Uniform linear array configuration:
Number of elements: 32
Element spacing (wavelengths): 0.75
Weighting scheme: hamming
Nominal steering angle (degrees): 60
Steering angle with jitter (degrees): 58.119
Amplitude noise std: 0.05
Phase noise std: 0.05

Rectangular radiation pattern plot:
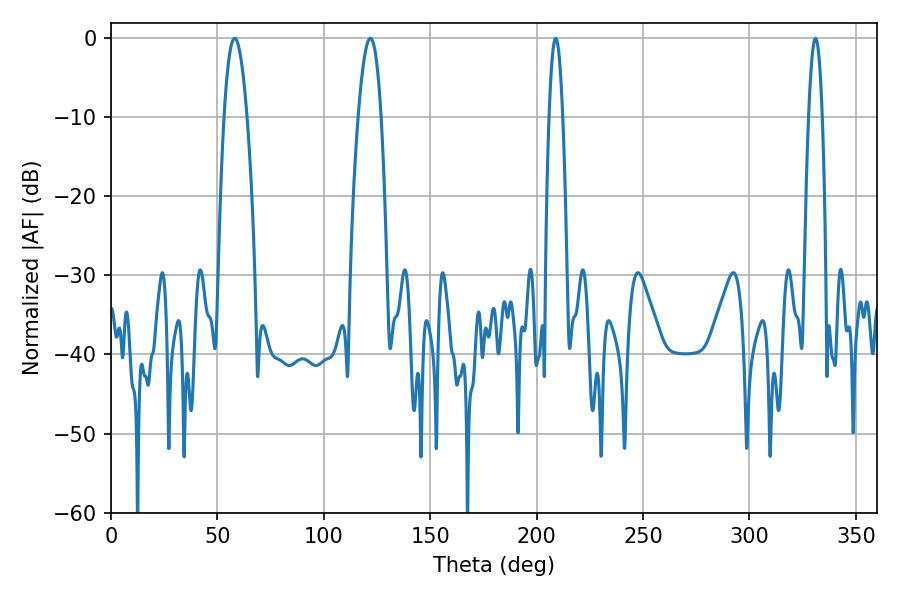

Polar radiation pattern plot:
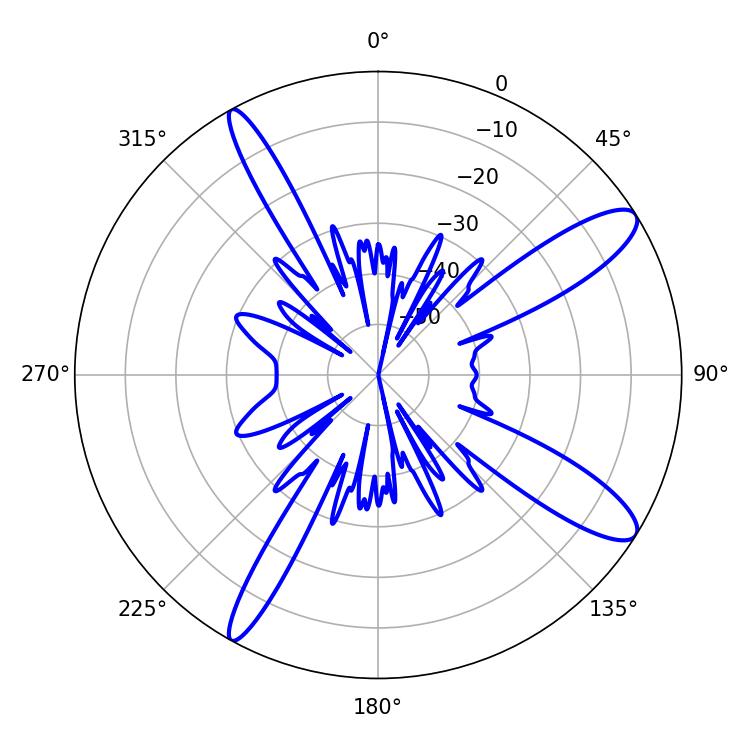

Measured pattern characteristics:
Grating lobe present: TRUE
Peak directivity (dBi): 12.047
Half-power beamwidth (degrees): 5.94
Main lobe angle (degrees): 58.14